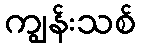
ကျွန်းသစ်